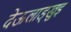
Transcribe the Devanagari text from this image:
देऊलाड्खुइ